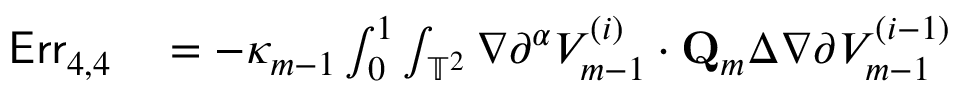
\begin{array} { r l } { \mathsf { E r r } _ { 4 , 4 } } & { { } = - \kappa _ { m - 1 } \int _ { 0 } ^ { 1 } \int _ { \ensuremath { \mathbb { T } } ^ { 2 } } \nabla \partial ^ { \boldsymbol { \alpha } } V _ { m - 1 } ^ { ( i ) } \cdot { \mathbf { Q } } _ { m } \Delta \nabla \partial ^ { \aa } V _ { m - 1 } ^ { ( i - 1 ) } } \end{array}